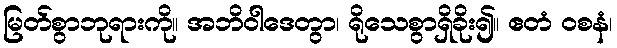
မြတ်စွာဘုရားကို။ အဘိဝါဒေတွာ၊ ရိုသေစွာရှိခိုး၍။ ဧတံ ဝစနံ၊